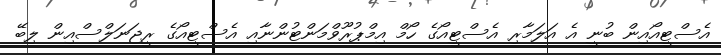
އެސްޓީއޯއިން ބުނީ އެ އަލަމާރި އެސްޓީއޯގެ ހޯމް އިމްޕުރޫވްމަންޓުންނާއި އެސްޓީއޯގެ ރީޖަނަލްސްއިން ލިބޭ